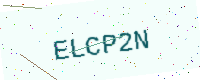
Text: ELCP2N